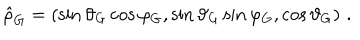
\hat { \rho } _ { \mathrm { G } } = \left( \sin \vartheta _ { \mathrm { G } } \cos \varphi _ { \mathrm { G } } , \sin \vartheta _ { \mathrm { G } } \sin \varphi _ { \mathrm { G } } , \cos \vartheta _ { \mathrm { G } } \right) \, .